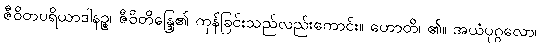
ဇီဝိတပရိယာဒါနဉ္စ၊ ဇီဝိတိန္ဒြေ၏ ကုန်ခြင်းသည်လည်းကောင်း။ ဟောတိ၊ ၏။ အယံပုဂ္ဂလော၊